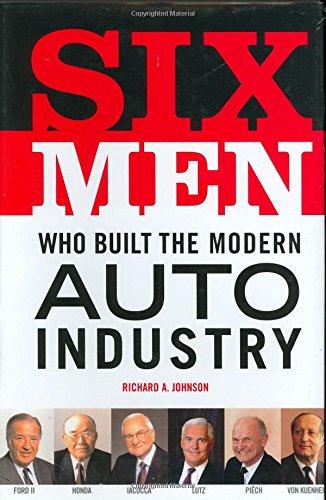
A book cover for Six Men Who Built the Modern Auto Industry; Richard A. Johnson; Engineering & Transportation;